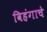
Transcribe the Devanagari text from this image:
विहंगाचे